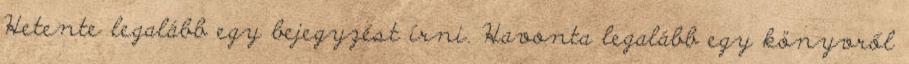
Hetente legalább egy bejegyzést írni. Havonta legalább egy könyvről